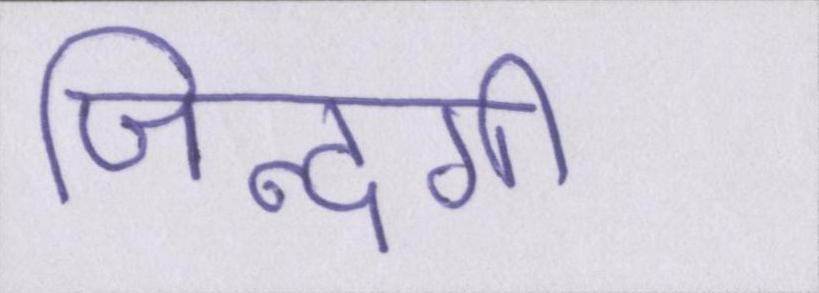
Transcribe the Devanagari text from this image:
जिन्दगी